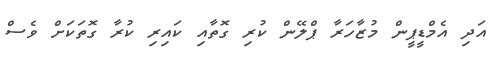
އަދި އެމްޑީޕީން މުޒާހަރާ ޕްލޭން ކުރި ގޮތާއި ކައިރި ކުރާ ގޮތަކަށް ވެސް